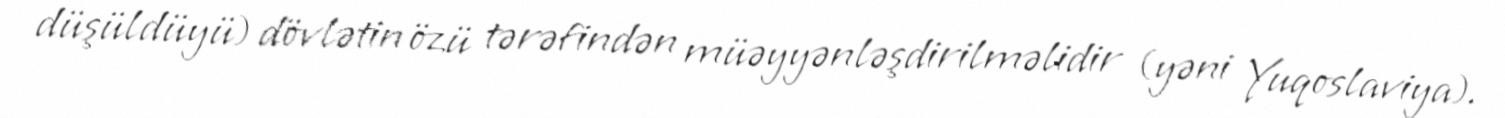
düşüldüyü) dövlətin özü tərəfindən müəyyənləşdirilməlidir (yəni Yuqoslaviya).